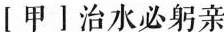
[ 甲 ] 治水必躬亲